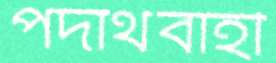
পদার্থবাহী